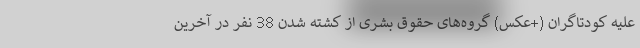
علیه کودتاگران (+عکس) گروه‌های حقوق بشری از کشته شدن 38 نفر در آخرین